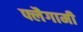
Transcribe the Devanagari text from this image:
फ्लैगामी